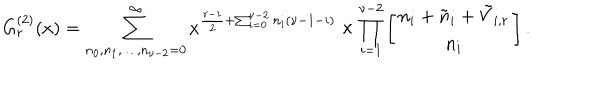
G _ { r } ^ { ( 2 ) } ( x ) = \sum _ { n _ { 0 } , n _ { 1 } , \ldots , n _ { \nu - 2 } = 0 } ^ { \infty } x ^ { \frac { r - 1 } { 2 } + \sum _ { i = 0 } ^ { \nu - 2 } n _ { i } ( \nu - 1 - i ) } \times \prod _ { i = 1 } ^ { \nu - 2 } \left[ \begin{array} { c } { { n _ { i } + \tilde { n } _ { i } + \tilde { V } _ { i , r } } } \\ { { n _ { i } } } \\ \end{array} \right] .